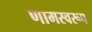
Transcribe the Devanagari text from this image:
णामस्वरूप